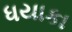
ધયાકા